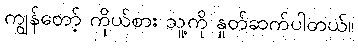
ကျွန်တော့် ကိုယ်စား သူ့ကို နှုတ်ဆက်ပါတယ်။